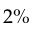
2 \%